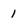
Character: 1